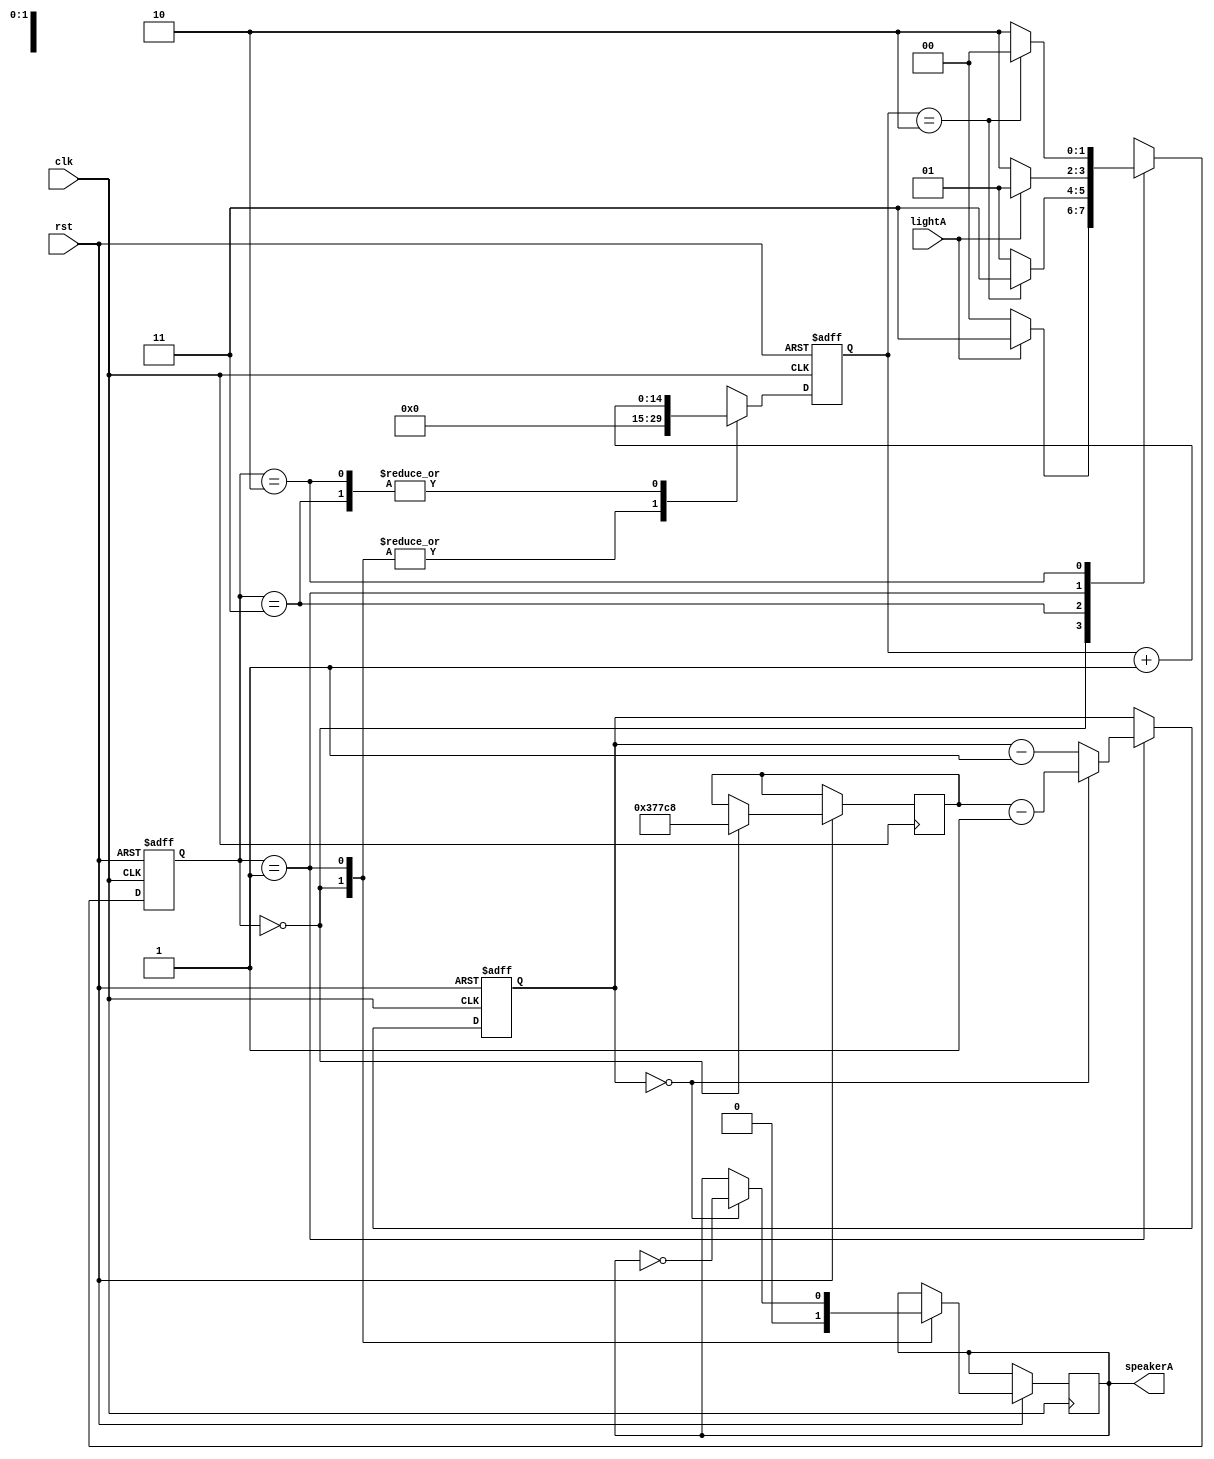
module soundA (
input clk,
input rst,
input lightA,
output reg speakerA
);


reg [31:0] counter;
reg [14:0] keepON;

// FSM to Regulate Sound with Switch
reg [1:0]S;
reg [1:0]NS;

parameter START = 2'b00,
			 PLAY = 2'b01,
			 WAIT = 2'b10,
			 WAIT2 = 2'b11;

reg [31:0] clkdivider;
			 
always @(*)
begin
	case (S)
		START:
		if (lightA == 1)
			NS = WAIT2;
		else
			NS = START;
			
		WAIT2: 
		if (keepON == 2)
			NS = WAIT2;
		else
			NS = PLAY;
		
		PLAY:
		if (lightA == 0)
			NS = WAIT;
		else
			NS = PLAY;
			
		WAIT: 
		if (keepON == 2)
			NS = START;
		else
			NS = WAIT;
		
		default NS = START;
	endcase
end

always @(posedge clk or negedge rst)
begin
	if (rst == 1'b0)
	begin
		counter <= 32'd0;
		keepON <= 0;
	end
	else
		case (S)
			START:
			begin
				keepON <= 4'd0;
				speakerA <= 0;
				clkdivider <= 50000000/110/2;
			end
			
			WAIT2: keepON <= keepON + 4'd1;
			
			PLAY: 
			begin
				keepON <= 4'd0;
				
				if (counter == 0)
				begin
					counter <= clkdivider - 1;
					speakerA <= ~speakerA;
				end
				else
					counter <= counter - 32'd1;
			end
			
			WAIT: keepON <= keepON + 4'd1;
		endcase
end

/* FSM init and NS always */
always @(posedge clk or negedge rst)
begin
	if (rst == 1'b0)
	begin
		S <= START;
	end
	else
	begin
		S <= NS;
	end
end
	
endmodule